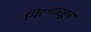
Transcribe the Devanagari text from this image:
गिरणारहून